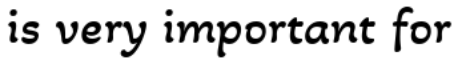
is very important for